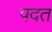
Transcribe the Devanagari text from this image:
पदत